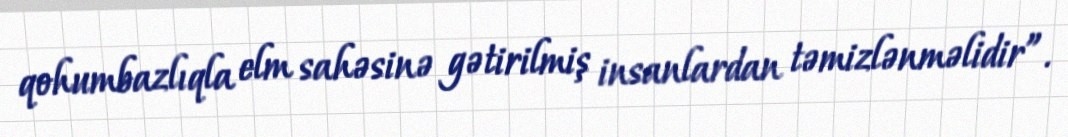
qohumbazlıqla elm sahəsinə gətirilmiş insanlardan təmizlənməlidir”.